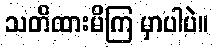
သတိထားမိကြ မှာပါပဲ။